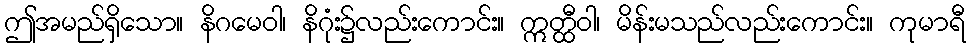
ဤအမည်ရှိသော။ နိဂမေဝါ၊ နိဂုံး၌လည်းကောင်း။ ဣတ္ထီဝါ၊ မိန်းမသည်လည်းကောင်း။ ကုမာရီ